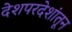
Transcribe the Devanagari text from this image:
देशपरदेशांतून